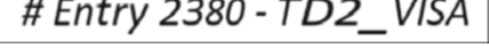
# Entry 2380 - TD2_VISA